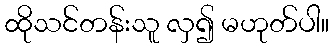
ထိုသင်တန်းသူ လှ၍ မဟုတ်ပါ။